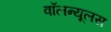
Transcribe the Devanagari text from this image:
वॉलन्यूलस